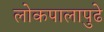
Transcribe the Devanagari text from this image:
लोकपालापुढे